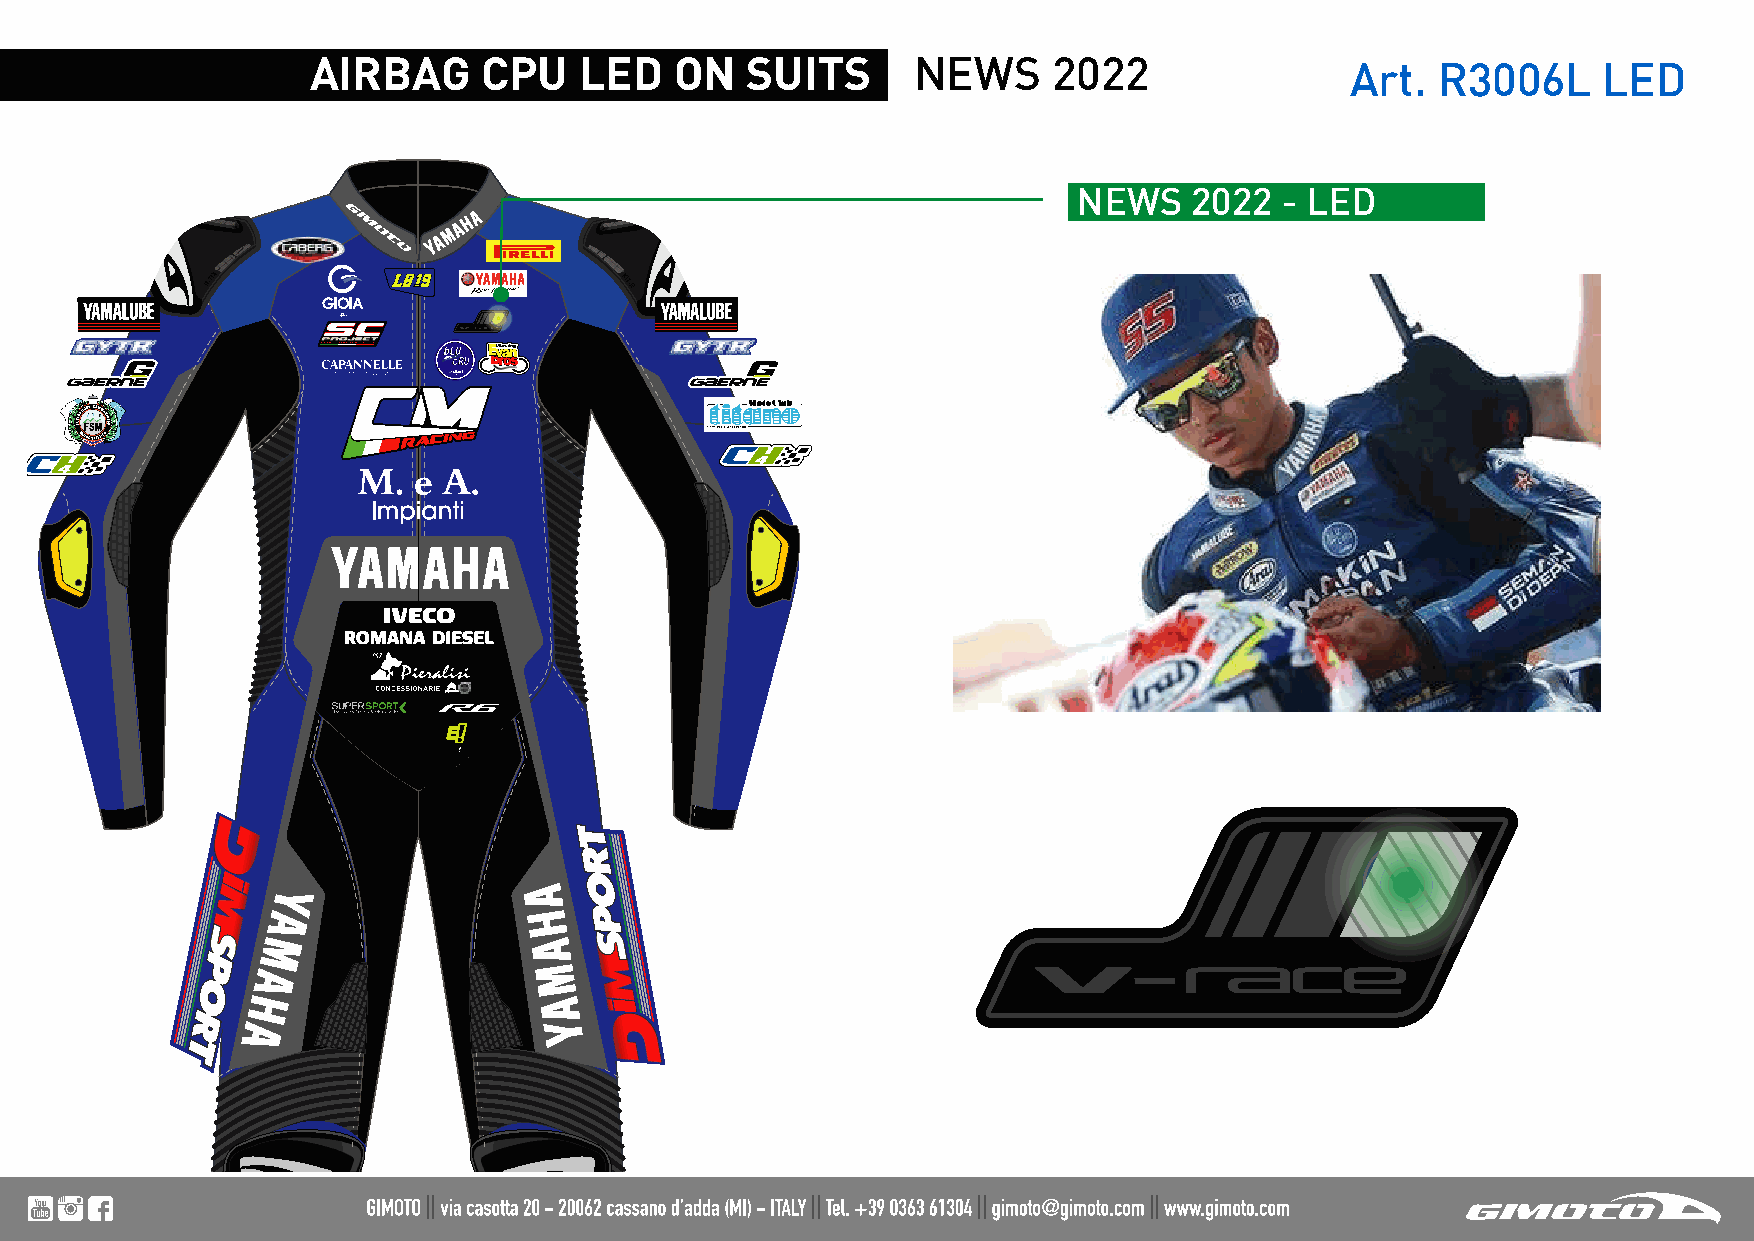
AIRBAG      CPU   LED    ON  SUITS      NEWS      2022               Art.  R3006L     LED
 NEWS    2022  - LED